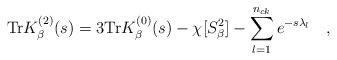
\begin{align*}\mbox{Tr} K_\beta^{(2)}(s)=3\mbox{Tr} K_\beta^{(0)}(s)-\chi[S^2_\beta]-\sum_{l=1}^{n_{ck}}e^{-s\lambda_l}~~~ ,\end{align*}